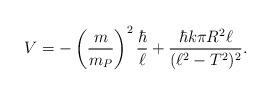
LaTeX: \begin{align*}V = - \left({m\over m_P}\right)^2 {\hbar\over \ell} + {\hbar k \pi R^2 \ell \over (\ell^2-T^2)^2}.\end{align*}